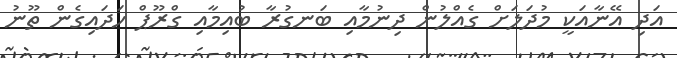
އަދި އޭނާއަކީ މުދަލަށް ގެއްލުން ދިނުމާއި ބަނގުރާ ބުއިމާއި ގްރޫޕް ހަދައިގެން ތޫނު